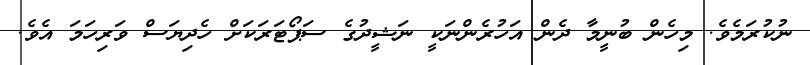
ނުކުރަމެވެ. މިހެން ބުނީމާ ދެން އަހުރެންނަކީ ނަޝީދުގެ ސަޕޯޓަރަކަށް ހެދިޔަސް ވަރިހަމަ އެވެ.